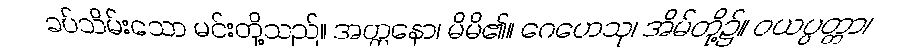
ခပ်သိမ်းသော မင်းတို့သည်။ အတ္တနော၊ မိမိ၏။ ဂေဟေသု၊ အိမ်တို့၌။ ဝယပ္ပတ္တာ၊